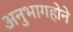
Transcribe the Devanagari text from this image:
अनुभागहोने